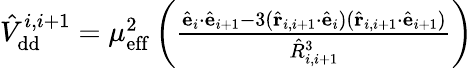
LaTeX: \begin{array}{r}{\hat{V}_{\mathrm{dd}}^{i,i+1}=\mu_{\mathrm{eff}}^{2}\left(\frac{\hat{\mathbf e}_{i}\cdot\hat{\mathbf e}_{i+1}-3(\hat{\mathbf r}_{i,i+1}\cdot\hat{\mathbf e}_{i})(\hat{\mathbf r}_{i,i+1}\cdot\hat{\mathbf e}_{i+1})}{\hat{R}_{i,i+1}^{3}}\right)}\end{array}